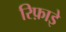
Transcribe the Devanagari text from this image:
रिफ़ाइे